Annual report of the Camel Specialist
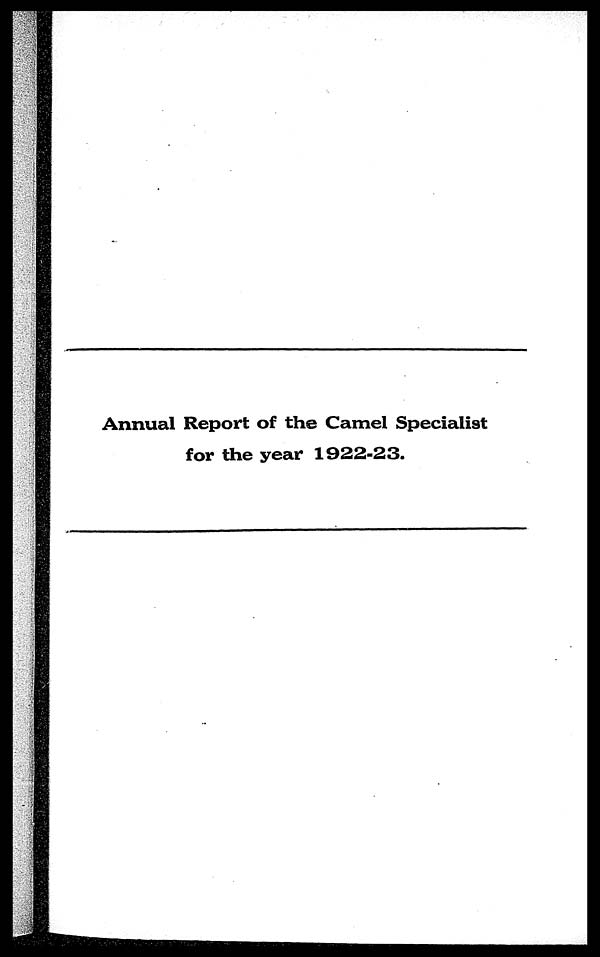
Annual Report of the Camel Specialist
for the year 1922-23.